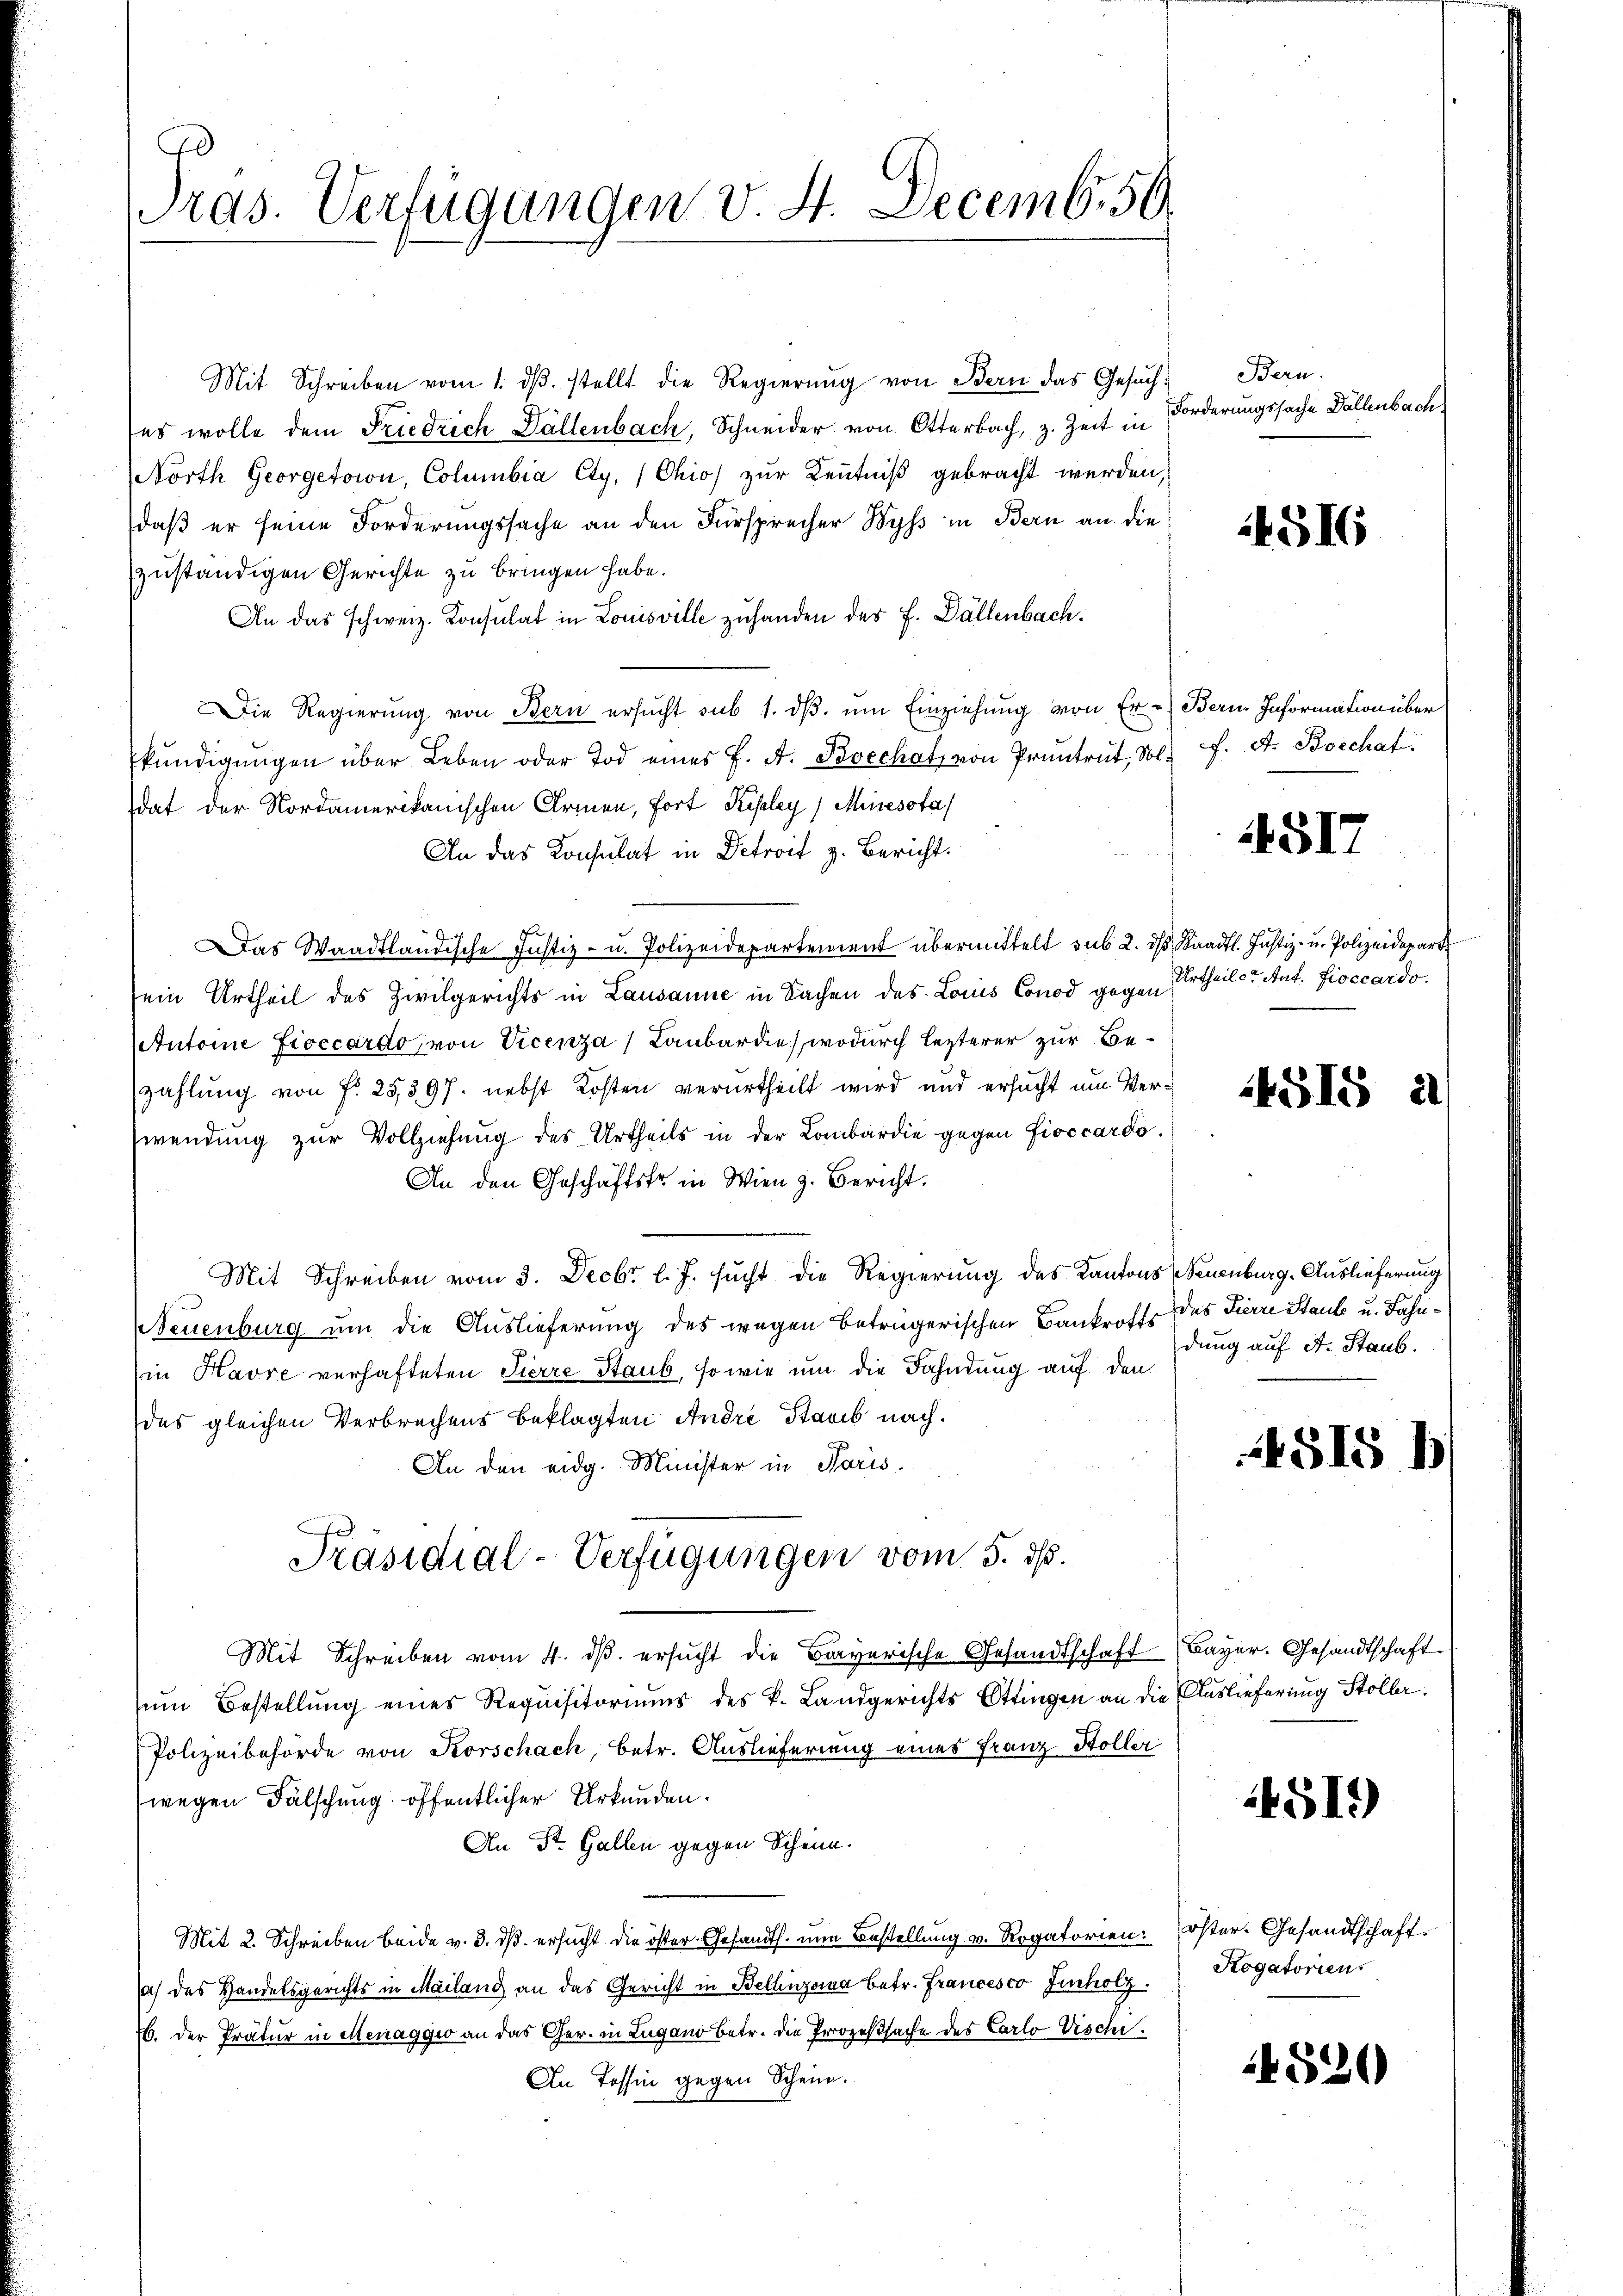
Pras. Verfügungen v. 4. Decemb. 50

Mit Schreiben vom 1. dβ. stellt die Regierŭng von Bern das Gesŭch
es wolle dem Friedrich Hallenbach, Schneider von Otterbach, z. Zeit in
North Georgetoin, Columbia Ety, (Chio) zur Kenntniß gebracht werden,
daß er seine Forderungssache an den Fürsprecher Wyss in Bern an die
zuständigen Gerichte zu bringen habe.
An das schweiz. Konsulat in Louisville zuhanden des J. Dällenbach.
Die Regierung von Bern ersŭcht sub 1. dβ ŭm Einziehung von Er - Bern Information über
kŭndigŭngen über Leben oder Tod eines F. A. Boechatz von Pruntrut, dol. 7. A. Boechat.
dat der Nordamerikanischen Armen, fort Kipley (Miesota
An das Konsulat in Detroit z. Bericht.
9
Das Waadtländische Justiz- u. Polizeidepartement übermittelt sub 2. ds Staadtl. Justiz- u. Polizeidepart
sein Urtheil des Zivilgerichts in Lausanne in Sachen des Louis Conod gegen
Antoine Fioccardo, von Vicenza (Laubardie), wodurch lezterer zur Bezahlung von f. 25,397. nebst Kosten verurtheilt wird und ersucht um Verwendung zŭr Vollziehung des Urtheils in der Lombardie gegen fioccardo
An den Geschäftste in Wien z. Bericht.
Mit Schreiben vom 3. Decbr l. J. sucht die Regierung des Kantons Neuenburg. Auslieferung
Neuenburg um die Auslieferung des wegen betrügerischen Bankroffs des Tirre Staub u. Fahnin Havre verhafteten Tierre Staub, so wie um die Fahndung auf den
des gleichen Verbrechens beklagten Andre Staub nach.
An den eidg. Minister in Paris.
Präsidial-Verfügungen vom 5. ds.
Mit Schreiben vom 4. dβ. ersŭcht die Bayerische Gesandtschaft Bayer. Gesandtschaft.
zum Bestellung eines Requisitoriums des k. Landgerichts Ottingen an die Auslieferung Stoller¬
Polizeibehörde von Korschach, betr. Auslieferung eines Franz Stoller
wegen Fälschung öffentlicher Urkunden.
An St. Gallen gegen Schein.
Mit 2. Schreiben beide v. 3. ds. ersucht die öster Gesandts. nun Bestellung v. Rogatorien: Öster. Gesandtschaft.
sich des Handelsgerichts in Mailand an das Gericht in Bellinzona betr. Francesco Juholz.
b. der Prätur in Menaggio an das Ger. in Lugano betr. die Prozeßsache des Carlo Vischi¬
An Tessin gegen Schein.

Bern.
Forderungssache Fällenbach

4516

4517

Urtheils Ant. Fioccardo.

14515, 21

dung auf A. Staub.

515

4519)

Rogatorien

4520